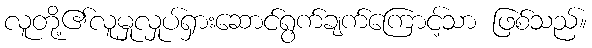
လူတို့၏လူမှုလှုပ်ရှားဆောင်ရွက်ချက်ကြောင့်သာ ဖြစ်သည်။